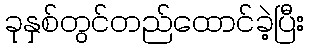
ခုနှစ်တွင်တည်ထောင်ခဲ့ပြီး